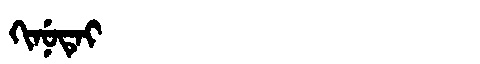
Manchu: ᡴᡳᠨᡠᡨᡝᡳ
Romanization: KINUTEI